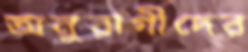
অনুরাগীদের